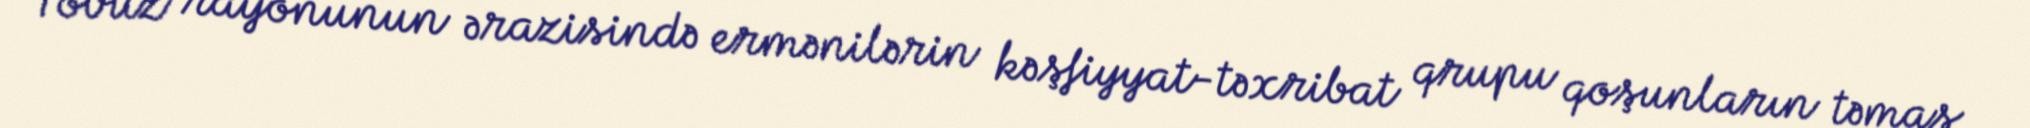
Tovuz rayonunun ərazisində ermənilərin kəşfiyyat-təxribat qrupu qoşunların təmas